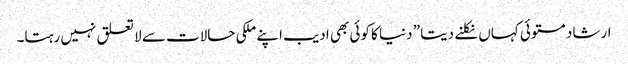
ارشاد مستوئی کہاں نکلنے دیتا ” دنیا کا کوئی بھی ادیب اپنے ملکی حالات سے لا تعلق نہیں رہتا۔